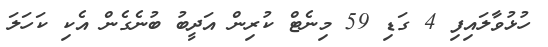
ހުޅުވާލައިފި 4 ގަޑި 59 މިނެޓް ކުރިން އަދީބު ބުނެގެން އެކި ކަހަލަ